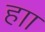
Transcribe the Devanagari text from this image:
हाा